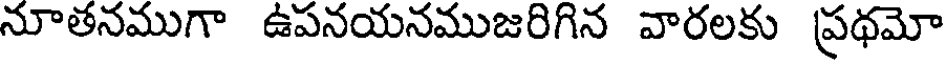
నూతనముగా ఉపనయనముజరిగిన వారలకు ప్రథమో